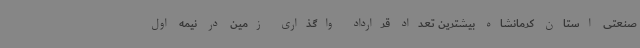
صنعتی استان کرمانشاه بیشترین تعداد قرارداد واگذاری زمین در نیمه اول